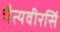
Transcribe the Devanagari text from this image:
चैत्यवीरसिं